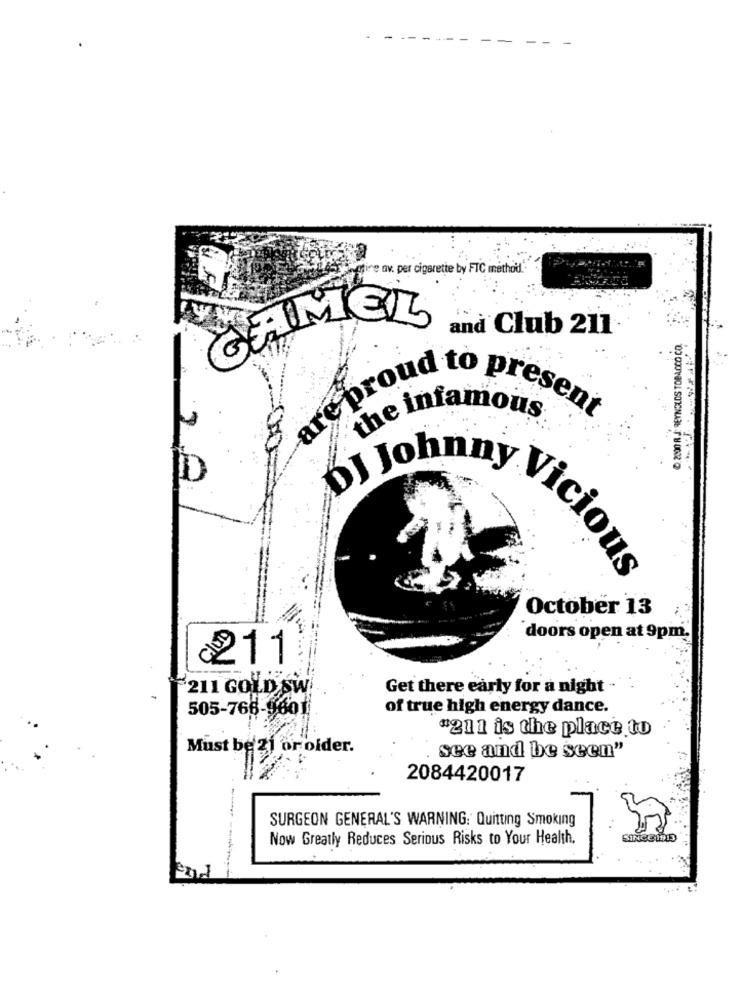
allesestire av. per cigarette by FTC method."
GELMEZ
6. 2000 R J: REYNOLDS TOBACCO CO.
-Club
are proud to present
the infamous
DJ Johnny
Vicious
October 13
doors open at 9pm.
0211
'211 GOLD ŚW.
Get there early for a night -
505-766-9601
of true high energy dance.
#211 is the place to
Must be 21 or older.
see and be seen"
2084420017
SURGEON GENERAL'S WARNING: Quitting Smoking
Now Greatly Reduces Serious Risks to Your Health.
SINCE 19
---